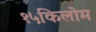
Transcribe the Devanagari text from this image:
१५किलोम